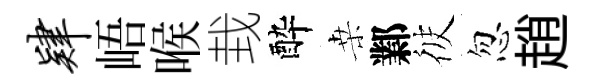
肄峿喉㘽酔桒鄴彼忽趙